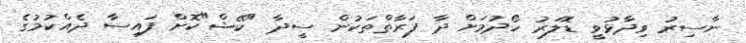
ނާސިރު ވިދާޅުވީ ޑޮލަރު ހޯދުމަށް ދާ ފަރާތްތަކުން ސީދާ "ކޭޝް"ކޮށް ފައިސާ ދެއްކުމުގެ